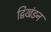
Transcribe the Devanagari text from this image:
द्विखंडन